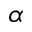
\alpha